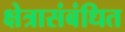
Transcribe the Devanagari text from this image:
क्षेत्रासंबंधित